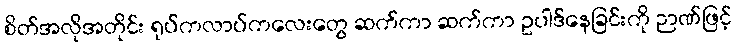
စိတ်အလိုအတိုင်း ရုပ်ကလာပ်ကလေးတွေ ဆက်ကာ ဆက်ကာ ဥပါဒ်နေခြင်းကို ဉာဏ်ဖြင့်